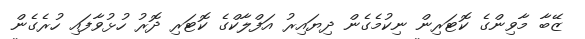
ޒޭބާ މާވިންގެ ކޮޓަރިން ނިކުމެގެން ދިޔައިރު އަފްލާކްގެ ކޮޓަރި ދޮރު ހުޅުވާފައި ހުރެގެން